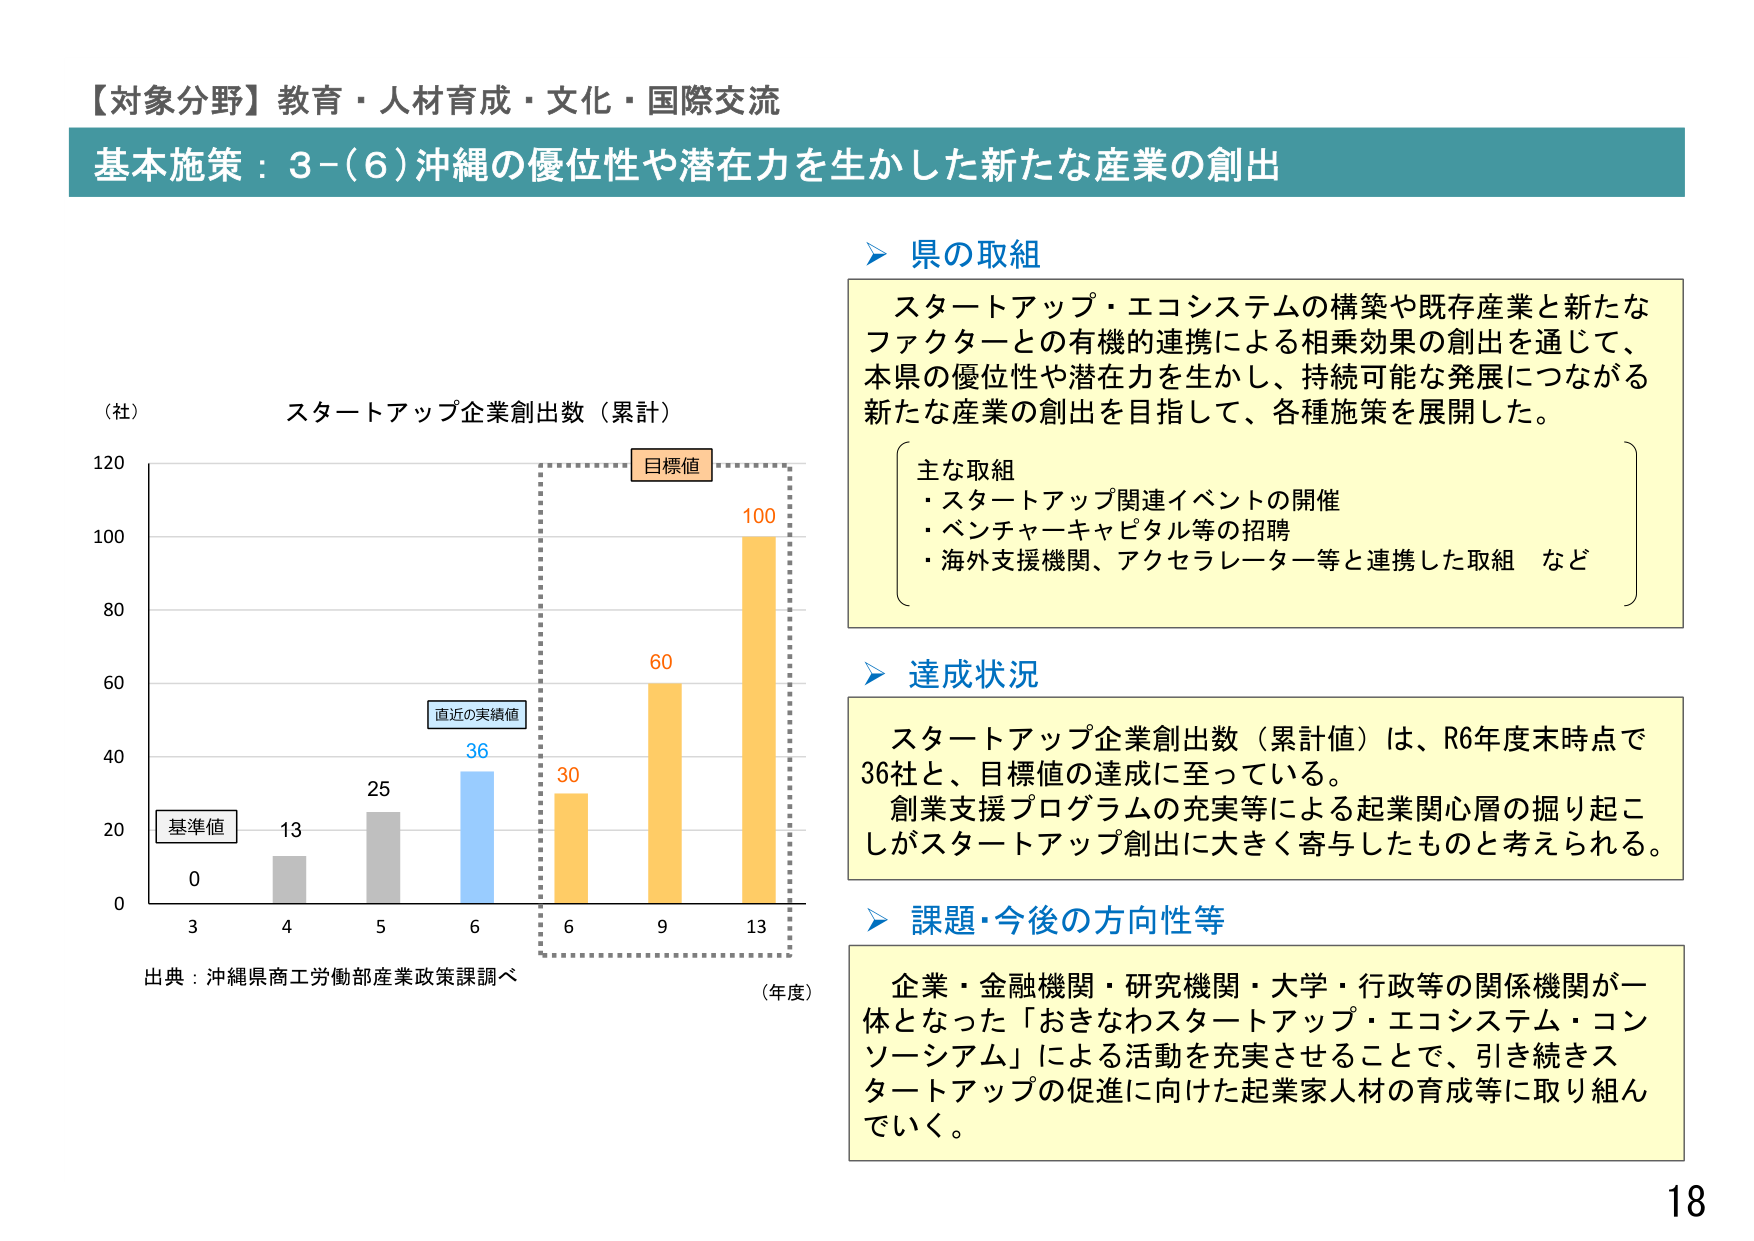
【対象分野】教育・人材育成・文化・国際交流
基本施策：3-(6)沖縄の優位性や潜在力を生かした新たな産業の創出

（社）
スタートアップ企業創出数（累計）
120
100
80
60
40
20
0
3 4 5 6 6 9 13
（年度）
基準値
13
25
36
30
60
100
目標値
直近の実績値
出典：沖縄県商工労働部産業政策課調べ

県の取組
スタートアップ・エコシステムの構築や既存産業と新たなファクターとの有機的連携による相乗効果の創出を通じて、本県の優位性や潜在力を生かし、持続可能な発展につながる新たな産業の創出を目指して、各種施策を展開した。
主な取組
・スタートアップ関連イベントの開催
・ベンチャーキャピタル等の招聘
・海外支援機関、アクセラレーター等と連携した取組 など

達成状況
スタートアップ企業創出数（累計値）は、R6年度末時点で36社と、目標値の達成に至っている。
創業支援プログラムの充実等による起業関心層の掘り起こしがスタートアップ創出に大きく寄与したものと考えられる。

課題・今後の方向性等
企業・金融機関・研究機関・大学・行政等の関係機関が一体となった「おきなわスタートアップ・エコシステム・コンソーシアム」による活動を充実させることで、引き続きスタートアップの促進に向けた起業家人材の育成等に取り組んでいく。

18